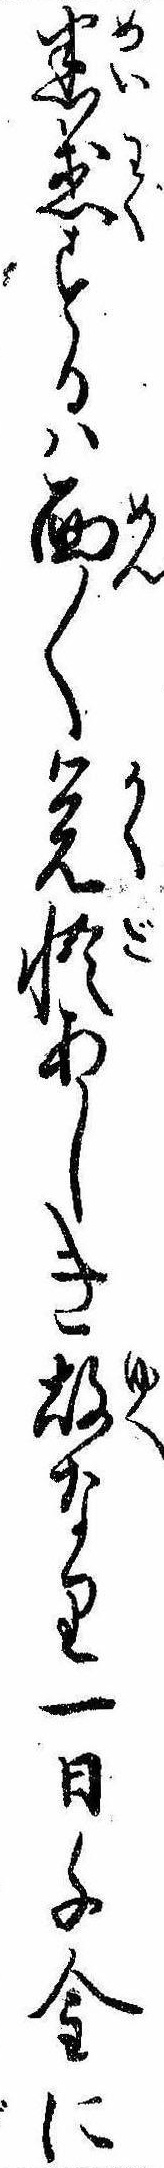
迷惑するは面〱覚悟あしき故なり一日千金に